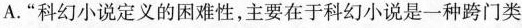
A.“科幻小说定义的困难性，主要在于科幻小说是一种跨门类